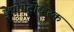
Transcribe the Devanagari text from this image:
ड्नेप्रोपेट्रोव्ह्स्क